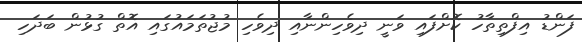
ފަންޑު އިފްތިތާހު ކޮށްފައި ވަނީ ދިވެހިންނާއި ދިވެހި މުޖުތަމައުގައި އޮތް ގުޅުން ބަދަހި